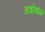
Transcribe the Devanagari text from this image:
अधोभौम